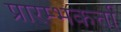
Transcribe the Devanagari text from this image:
प्रारम्भकर्त्ता